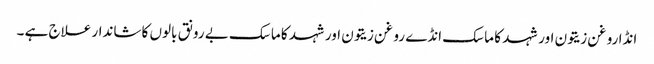
انڈا روغن زیتون اور شہد کا ماسک انڈے روغن زیتون اور شہد کا ماسک بے رونق بالوں کا شاندار علاج ہے ۔